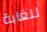
للغابة